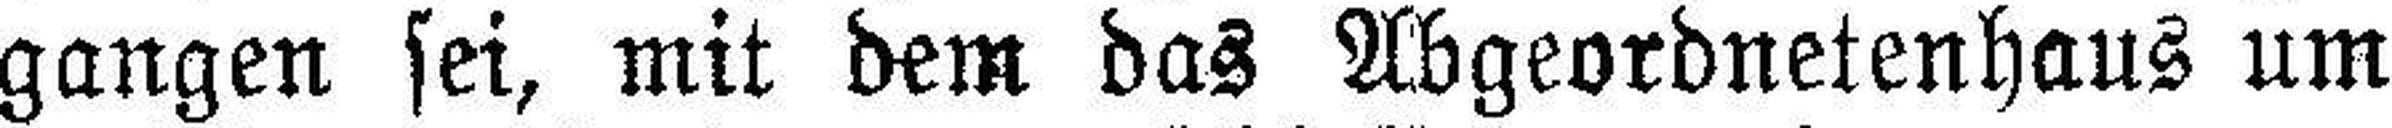
gangen sei, mit dem das Abgeordnetenhaus um